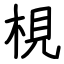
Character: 梘